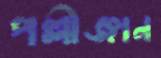
পল্লীজ্ঞান